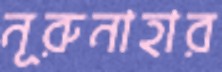
নূরুনাহার